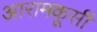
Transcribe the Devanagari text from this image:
आरामकूर्सी